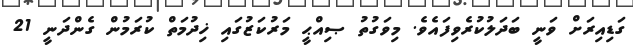
ގަޑިއިރަށް ވަނީ ބަދަލުކުރެވިފައެވެ. މިވަގުތު ޞިއްޙީ މަރުކަޒުގައި ޚިދުމަތް ކުރަމުން ގެންދަނީ 21